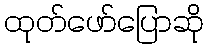
ထုတ်ဖော်ပြောဆို